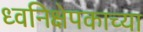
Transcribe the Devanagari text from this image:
ध्वनिक्षेपकाच्या